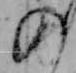
の